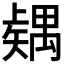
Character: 𥐂